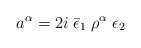
\begin{align*}a^{\alpha}=2i\;\bar \epsilon_1\; \rho^{\alpha}\; \epsilon_2\end{align*}